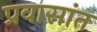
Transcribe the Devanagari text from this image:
प्रवासांत